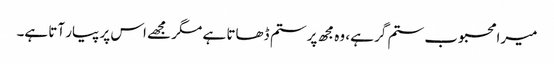
میرا محبوب ستم گر ہے، وہ مجھ پر ستم ڈھاتا ہے مگر مجھے اس پر پیار آتا ہے۔